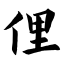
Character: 俚